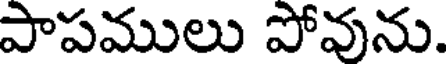
పాపములు పోవును.